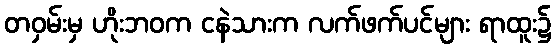
တဝှမ်းမှ ဟိုးဘဝက ငနဲသားက လက်ဖက်ပင်များ ရာထူး၌